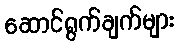
ဆောင်ရွက်ချက်များ